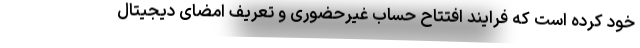
خود کرده است که فرایند افتتاح حساب غیرحضوری و تعریف امضای دیجیتال